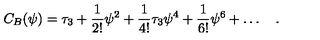
C _ { B } ( \psi ) = \tau _ { 3 } + { \frac { 1 } { 2 ! } } \psi ^ { 2 } + { \frac { 1 } { 4 ! } } \tau _ { 3 } \psi ^ { 4 } + { \frac { 1 } { 6 ! } } \psi ^ { 6 } + \ldots \quad .